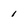
Character: 1